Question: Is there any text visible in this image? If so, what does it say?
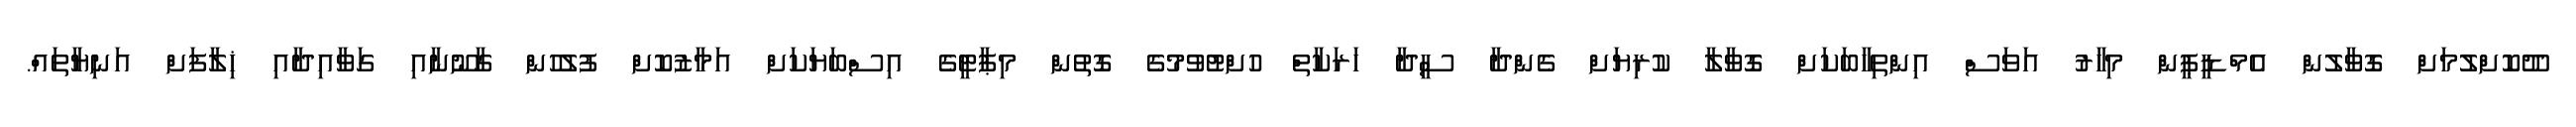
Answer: ދޫކޮށްލުމަށް ގޮވާލުން އެމްޑީޕީން މިހާރު އަވަސް އިންތިހާބަކަށް ގޮވާލާ ކުރިޔަށް ގެންދާ ސީދާ ހަރަކާތް ހުށްޓުވުމުގެ ގޮތުން މިޕާޓީގެ އިސްބަޔަކަށް އަމާޒުކޮށް ފުލުހުން ގާނޫނާއި ގަވާއިދާއި ޚިލާފަށް އަނިޔާތައް.